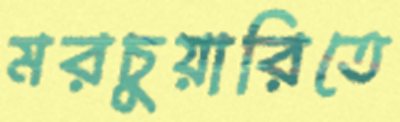
মরচুয়ারিতে